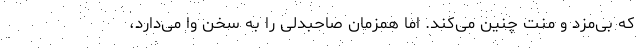
که بی‌مزد و منت چنین می‌کند. اما همزمان صاحبدلی را به سخن وا می‌دارد،